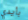
بأيدي